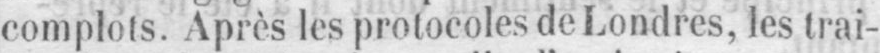
complots. Après les protocoles de Londres, les trai-